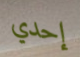
إحدي